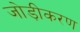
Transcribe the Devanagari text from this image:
जोड़ीकरण